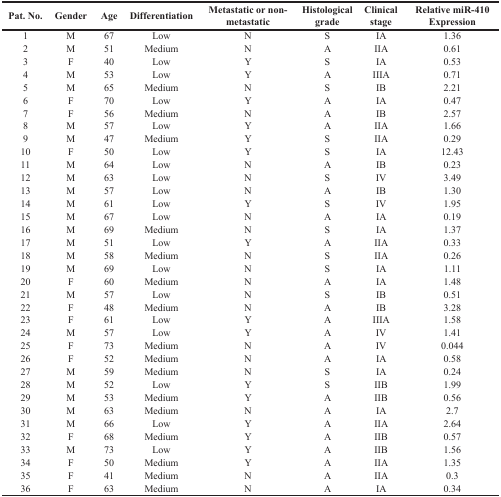
<table><thead><tr><td><b>Pat. No.</b></td><td><b>Gender</b></td><td><b>Age</b></td><td><b>Differentiation</b></td><td><b>Metastatic or non-metastatic</b></td><td><b>Histological grade</b></td><td><b>Clinical stage</b></td><td><b>Relative miR-410 Expression</b></td></tr></thead><tbody><tr><td>1</td><td>M</td><td>67</td><td>Low</td><td>N</td><td>S</td><td>IA</td><td>1.36</td></tr><tr><td>2</td><td>M</td><td>51</td><td>Medium</td><td>N</td><td>A</td><td>IIA</td><td>0.61</td></tr><tr><td>3</td><td>F</td><td>40</td><td>Low</td><td>Y</td><td>S</td><td>IA</td><td>0.53</td></tr><tr><td>4</td><td>M</td><td>53</td><td>Low</td><td>Y</td><td>A</td><td>IIIA</td><td>0.71</td></tr><tr><td>5</td><td>M</td><td>65</td><td>Medium</td><td>N</td><td>S</td><td>IB</td><td>2.21</td></tr><tr><td>6</td><td>F</td><td>70</td><td>Low</td><td>Y</td><td>A</td><td>IA</td><td>0.47</td></tr><tr><td>7</td><td>F</td><td>56</td><td>Medium</td><td>N</td><td>A</td><td>IB</td><td>2.57</td></tr><tr><td>8</td><td>M</td><td>57</td><td>Low</td><td>Y</td><td>A</td><td>IIA</td><td>1.66</td></tr><tr><td>9</td><td>M</td><td>47</td><td>Medium</td><td>Y</td><td>S</td><td>IIA</td><td>0.29</td></tr><tr><td>10</td><td>F</td><td>50</td><td>Low</td><td>Y</td><td>S</td><td>IA</td><td>12.43</td></tr><tr><td>11</td><td>M</td><td>64</td><td>Low</td><td>N</td><td>A</td><td>IB</td><td>0.23</td></tr><tr><td>12</td><td>M</td><td>63</td><td>Low</td><td>N</td><td>S</td><td>IV</td><td>3.49</td></tr><tr><td>13</td><td>M</td><td>57</td><td>Low</td><td>N</td><td>A</td><td>IB</td><td>1.30</td></tr><tr><td>14</td><td>M</td><td>61</td><td>Low</td><td>Y</td><td>S</td><td>IV</td><td>1.95</td></tr><tr><td>15</td><td>M</td><td>67</td><td>Low</td><td>N</td><td>A</td><td>IA</td><td>0.19</td></tr><tr><td>16</td><td>M</td><td>69</td><td>Medium</td><td>N</td><td>S</td><td>IA</td><td>1.37</td></tr><tr><td>17</td><td>M</td><td>51</td><td>Low</td><td>Y</td><td>A</td><td>IIA</td><td>0.33</td></tr><tr><td>18</td><td>M</td><td>58</td><td>Medium</td><td>N</td><td>S</td><td>IIA</td><td>0.26</td></tr><tr><td>19</td><td>M</td><td>69</td><td>Low</td><td>N</td><td>S</td><td>IA</td><td>1.11</td></tr><tr><td>20</td><td>F</td><td>60</td><td>Medium</td><td>N</td><td>A</td><td>IA</td><td>1.48</td></tr><tr><td>21</td><td>M</td><td>57</td><td>Low</td><td>N</td><td>S</td><td>IB</td><td>0.51</td></tr><tr><td>22</td><td>F</td><td>48</td><td>Medium</td><td>N</td><td>A</td><td>IB</td><td>3.28</td></tr><tr><td>23</td><td>F</td><td>61</td><td>Low</td><td>Y</td><td>A</td><td>IIIA</td><td>1.58</td></tr><tr><td>24</td><td>M</td><td>57</td><td>Low</td><td>Y</td><td>A</td><td>IV</td><td>1.41</td></tr><tr><td>25</td><td>F</td><td>73</td><td>Medium</td><td>N</td><td>A</td><td>IV</td><td>0.044</td></tr><tr><td>26</td><td>F</td><td>52</td><td>Medium</td><td>N</td><td>A</td><td>IA</td><td>0.58</td></tr><tr><td>27</td><td>M</td><td>59</td><td>Medium</td><td>N</td><td>S</td><td>IA</td><td>0.24</td></tr><tr><td>28</td><td>M</td><td>52</td><td>Low</td><td>Y</td><td>S</td><td>IIB</td><td>1.99</td></tr><tr><td>29</td><td>M</td><td>53</td><td>Medium</td><td>Y</td><td>A</td><td>IIB</td><td>0.56</td></tr><tr><td>30</td><td>M</td><td>63</td><td>Medium</td><td>N</td><td>A</td><td>IA</td><td>2.7</td></tr><tr><td>31</td><td>M</td><td>66</td><td>Low</td><td>Y</td><td>A</td><td>IIA</td><td>2.64</td></tr><tr><td>32</td><td>F</td><td>68</td><td>Medium</td><td>Y</td><td>A</td><td>IIB</td><td>0.57</td></tr><tr><td>33</td><td>M</td><td>73</td><td>Low</td><td>Y</td><td>A</td><td>IIB</td><td>1.56</td></tr><tr><td>34</td><td>F</td><td>50</td><td>Medium</td><td>Y</td><td>A</td><td>IIA</td><td>1.35</td></tr><tr><td>35</td><td>F</td><td>41</td><td>Medium</td><td>N</td><td>A</td><td>IIA</td><td>0.3</td></tr><tr><td>36</td><td>F</td><td>63</td><td>Medium</td><td>N</td><td>A</td><td>IA</td><td>0.34</td></tr></tbody></table>